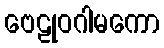
ဗေဠုဝဂါမကော